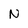
Character: N